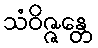
သံဝိဇ္ဇန္တေ